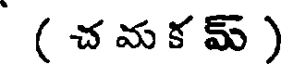
( చ మ క మ్ )